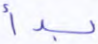
بدأ